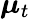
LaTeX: {\boldsymbol{\mu}}_{t}